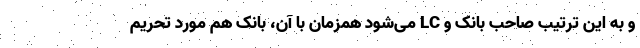
و به این ترتیب صاحب بانک و LC می‌شود همزمان با آن، بانک هم مورد تحریم